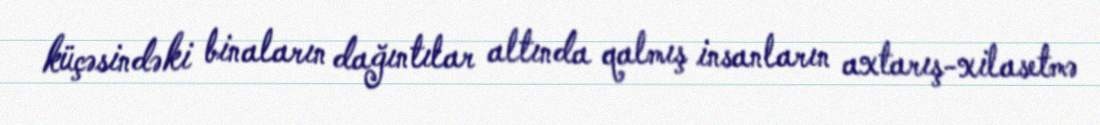
küçəsindəki binaların dağıntılar altında qalmış insanların axtarış-xilasetmə